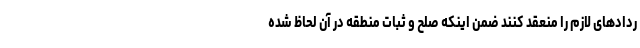
ردادهای لازم را منعقد کنند ضمن اینکه صلح و ثبات منطقه در آن لحاظ شده